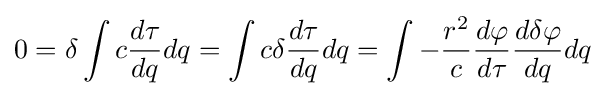
0=\delta \int {c{\frac {d\tau }{dq}}dq}=\int {c\delta {\frac {d\tau }{dq}}dq}=\int {-{\frac {r^{2}}{c}}{\frac {d\varphi }{d\tau }}{\frac {d\delta \varphi }{dq}}dq}